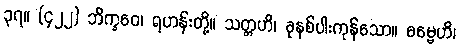
၃၇။ (၄၂၂) ဘိက္ခဝေ၊ ရဟန်းတို့။ သတ္တဟိ၊ ခုနစ်ပါးကုန်သော။ ဓမ္မေဟိ၊